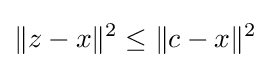
\|z-x\|^{2}\leq \|c-x\|^{2}